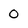
Character: 0